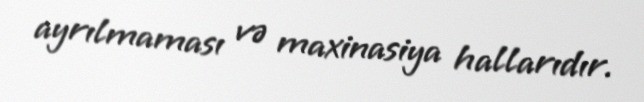
ayrılmaması və maxinasiya hallarıdır.